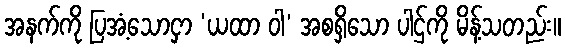
အနက်ကို ပြအံ့သောငှာ ‘ယထာ ဝါ’ အစရှိသော ပါဌ်ကို မိန့်သတည်း။